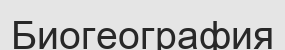
Биогеография